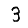
Digit: 3